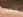
بحت